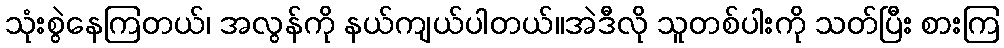
သုံးစွဲနေကြတယ်၊ အလွန်ကို နယ်ကျယ်ပါတယ်။အဲဒီလို သူတစ်ပါးကို သတ်ပြီး စားကြ